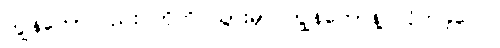
ကျွန်တော်လည်း ဟိုကို သွားမှာ ကျွန်တော်နဲ့ လိုက်ခဲ့လေ။